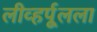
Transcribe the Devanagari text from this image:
लीव्हर्पूलला